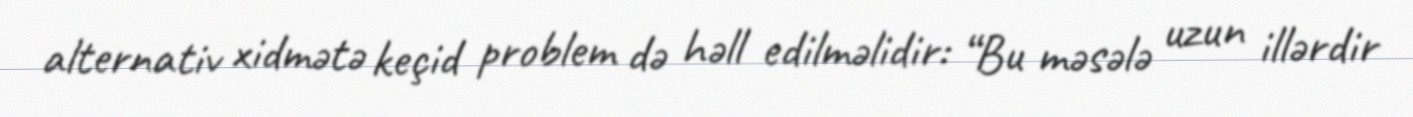
alternativ xidmətə keçid problem də həll edilməlidir: “Bu məsələ uzun illərdir